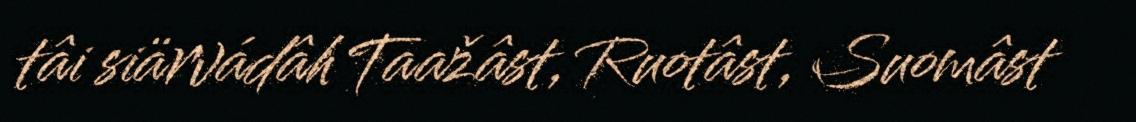
tâi siärvádâh Taažâst, Ruotâst, Suomâst